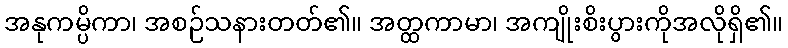
အနုကမ္ပိကာ၊ အစဉ်သနားတတ်၏။ အတ္ထကာမာ၊ အကျိုးစိးပွားကိုအလိုရှိ၏။